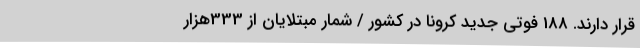
قرار دارند. 188 فوتی جدید کرونا در کشور / شمار مبتلایان از 333هزار